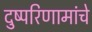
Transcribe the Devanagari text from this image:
दुष्परिणामांचे